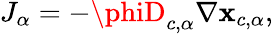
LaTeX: J_{\alpha}=-\phiD_{c,\alpha}\nabla\mathbf{x}_{c,\alpha},